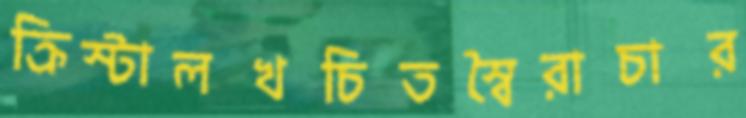
ক্রিস্টালখচিতস্বৈরাচার